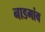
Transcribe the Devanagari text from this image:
नाडगांव